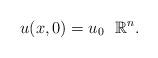
LaTeX: \begin{align*} { u}(x,0) = u_0\, \, \, \, \mathbb{R}^{n}. \end{align*}